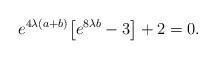
LaTeX: \begin{align*}e^{4\lambda(a+b)} \big[ e^{8\lambda b} - 3 \big] +2 =0 .\end{align*}